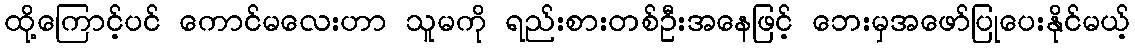
ထို့ကြောင့်ပင် ကောင်မလေးဟာ သူမကို ရည်းစားတစ်ဦးအနေဖြင့် ဘေးမှအဖော်ပြုပေးနိုင်မယ့်